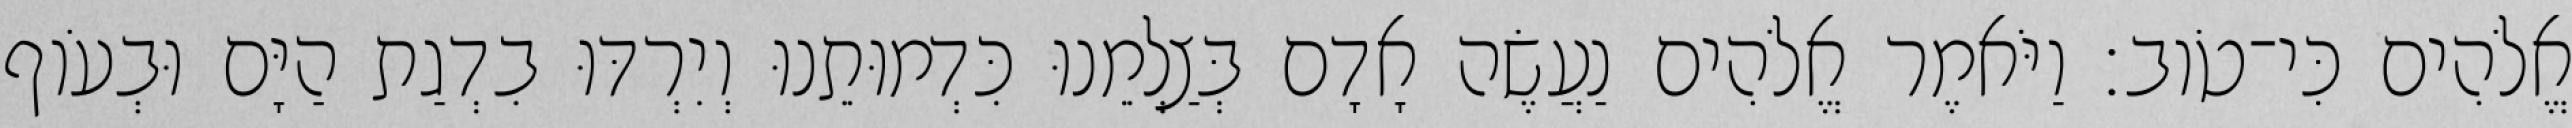
אֱלֹהִים כִּי־טֹוב׃ וַיֹּאמֶר אֱלֹהִים נַעֲשֶׂה אָדָם בְּצַלְמֵנוּ כִּדְמוּתֵנוּ וְיִרְדּוּ בִדְגַת הַיָּם וּבְעֹוף